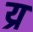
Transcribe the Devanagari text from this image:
य्र